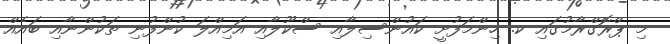
މި ޕްރޮގްރާމުގައި ކ. ހިންމަފުށީ ކައުންސިލާއި ސްކޫލާއި އަމިއްލަ ކުންފުނި ތަކުންނާއި ބައެއް